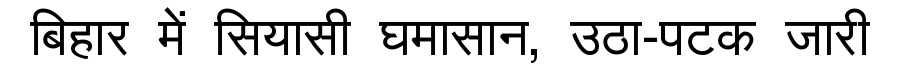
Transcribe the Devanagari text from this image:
बिहार में सियासी घमासान, उठा-पटक जारी